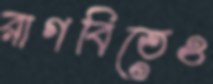
রাগবিতেও